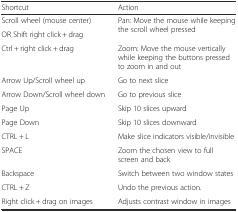
| Shortcut | Action |
 | --- | --- |
 | Scroll wheel (mouse center) | <ROWSPAN=2> Pan: Move the mouse while keeping the scroll wheel pressed |
 | OR Shift right click + drag |
 | Ctrl + right click + drag | Zoom: Move the mouse vertically while keeping the buttons pressed to zoom in and out |
 | Arrow Up/Scroll wheel up | Go to next slice |
 | Arrow Down/Scroll wheel down | Go to previous slice |
 | Page Up | Skip 10 slices upward |
 | Page Down | Skip 10 slices downward |
 | CTRL + L | Make slice indicators visible/invisible |
 | SPACE | Zoom the chosen view to full screen and back |
 | Backspace | Switch between two window states |
 | CTRL + Z | Undo the previous action. |
 | Right click + drag on images | Adjusts contrast window in images |